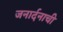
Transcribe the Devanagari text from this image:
जनार्दनाची